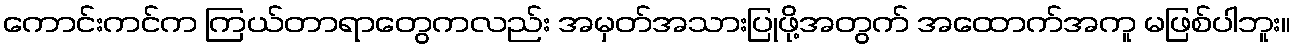
ကောင်းကင်က ကြယ်တာရာတွေကလည်း အမှတ်အသားပြုဖို့အတွက် အထောက်အကူ မဖြစ်ပါဘူး။